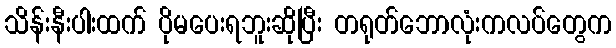
သိန်းနီးပါးထက် ပိုမပေးရဘူးဆိုပြီး တရုတ်ဘောလုံးကလပ်တွေက